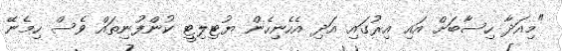
"މިއަދާ ހިސާބަށް އައި އިރުގައި އަދި އެހެނިހެން ޔުޓިލިޓީ ކުންފުނިތައް ވެސް ހިމެނޭ